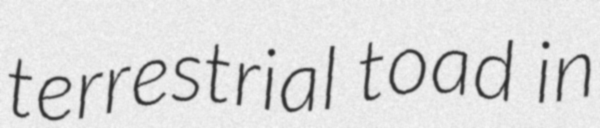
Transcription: terrestrial toad in